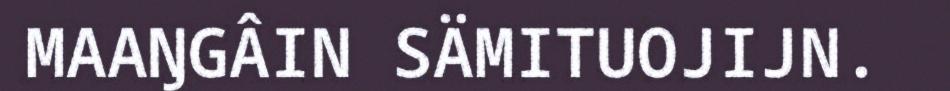
MAAŊGÂIN SÄMITUOJIJN.